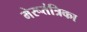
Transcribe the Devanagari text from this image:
मेरूतंत्रिका